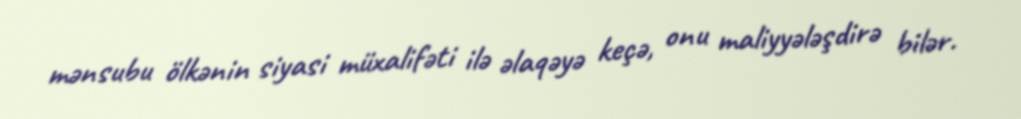
mənsubu ölkənin siyasi müxalifəti ilə əlaqəyə keçə, onu maliyyələşdirə bilər.